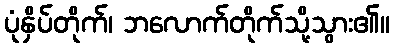
ပုံနှိပ်တိုက်၊ ဘလောက်တိုက်သို့သွား၏။